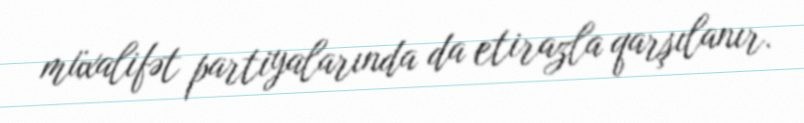
müxalifət partiyalarında da etirazla qarşılanır.